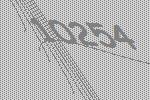
10254